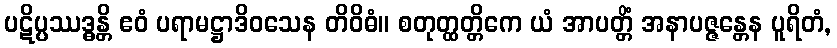
ပဋိပ္ပဿဒ္ဓန္တိ ဧဝံ ပရာမဋ္ဌာဒိဝသေန တိဝိဓံ။ စတုတ္ထတ္တိကေ ယံ အာပတ္တိံ အနာပဇ္ဇန္တေန ပူရိတံ,